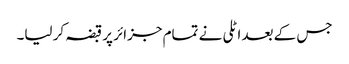
جس کے بعد اٹلی نے تمام جزائر پر قبضہ کر لیا۔